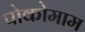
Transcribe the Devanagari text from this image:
पोकोमाम